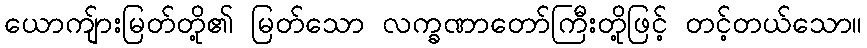
ယောကျ်ားမြတ်တို့၏ မြတ်သော လက္ခဏာတော်ကြီးတို့ဖြင့် တင့်တယ်သော။